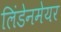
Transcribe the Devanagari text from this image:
लिंडेनमेयर